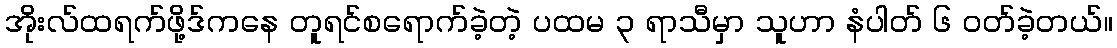
အိုးလ်ထရက်ဖို့ဒ်ကနေ တူရင်စရောက်ခဲ့တဲ့ ပထမ ၃ ရာသီမှာ သူဟာ နံပါတ် ၆ ဝတ်ခဲ့တယ်။